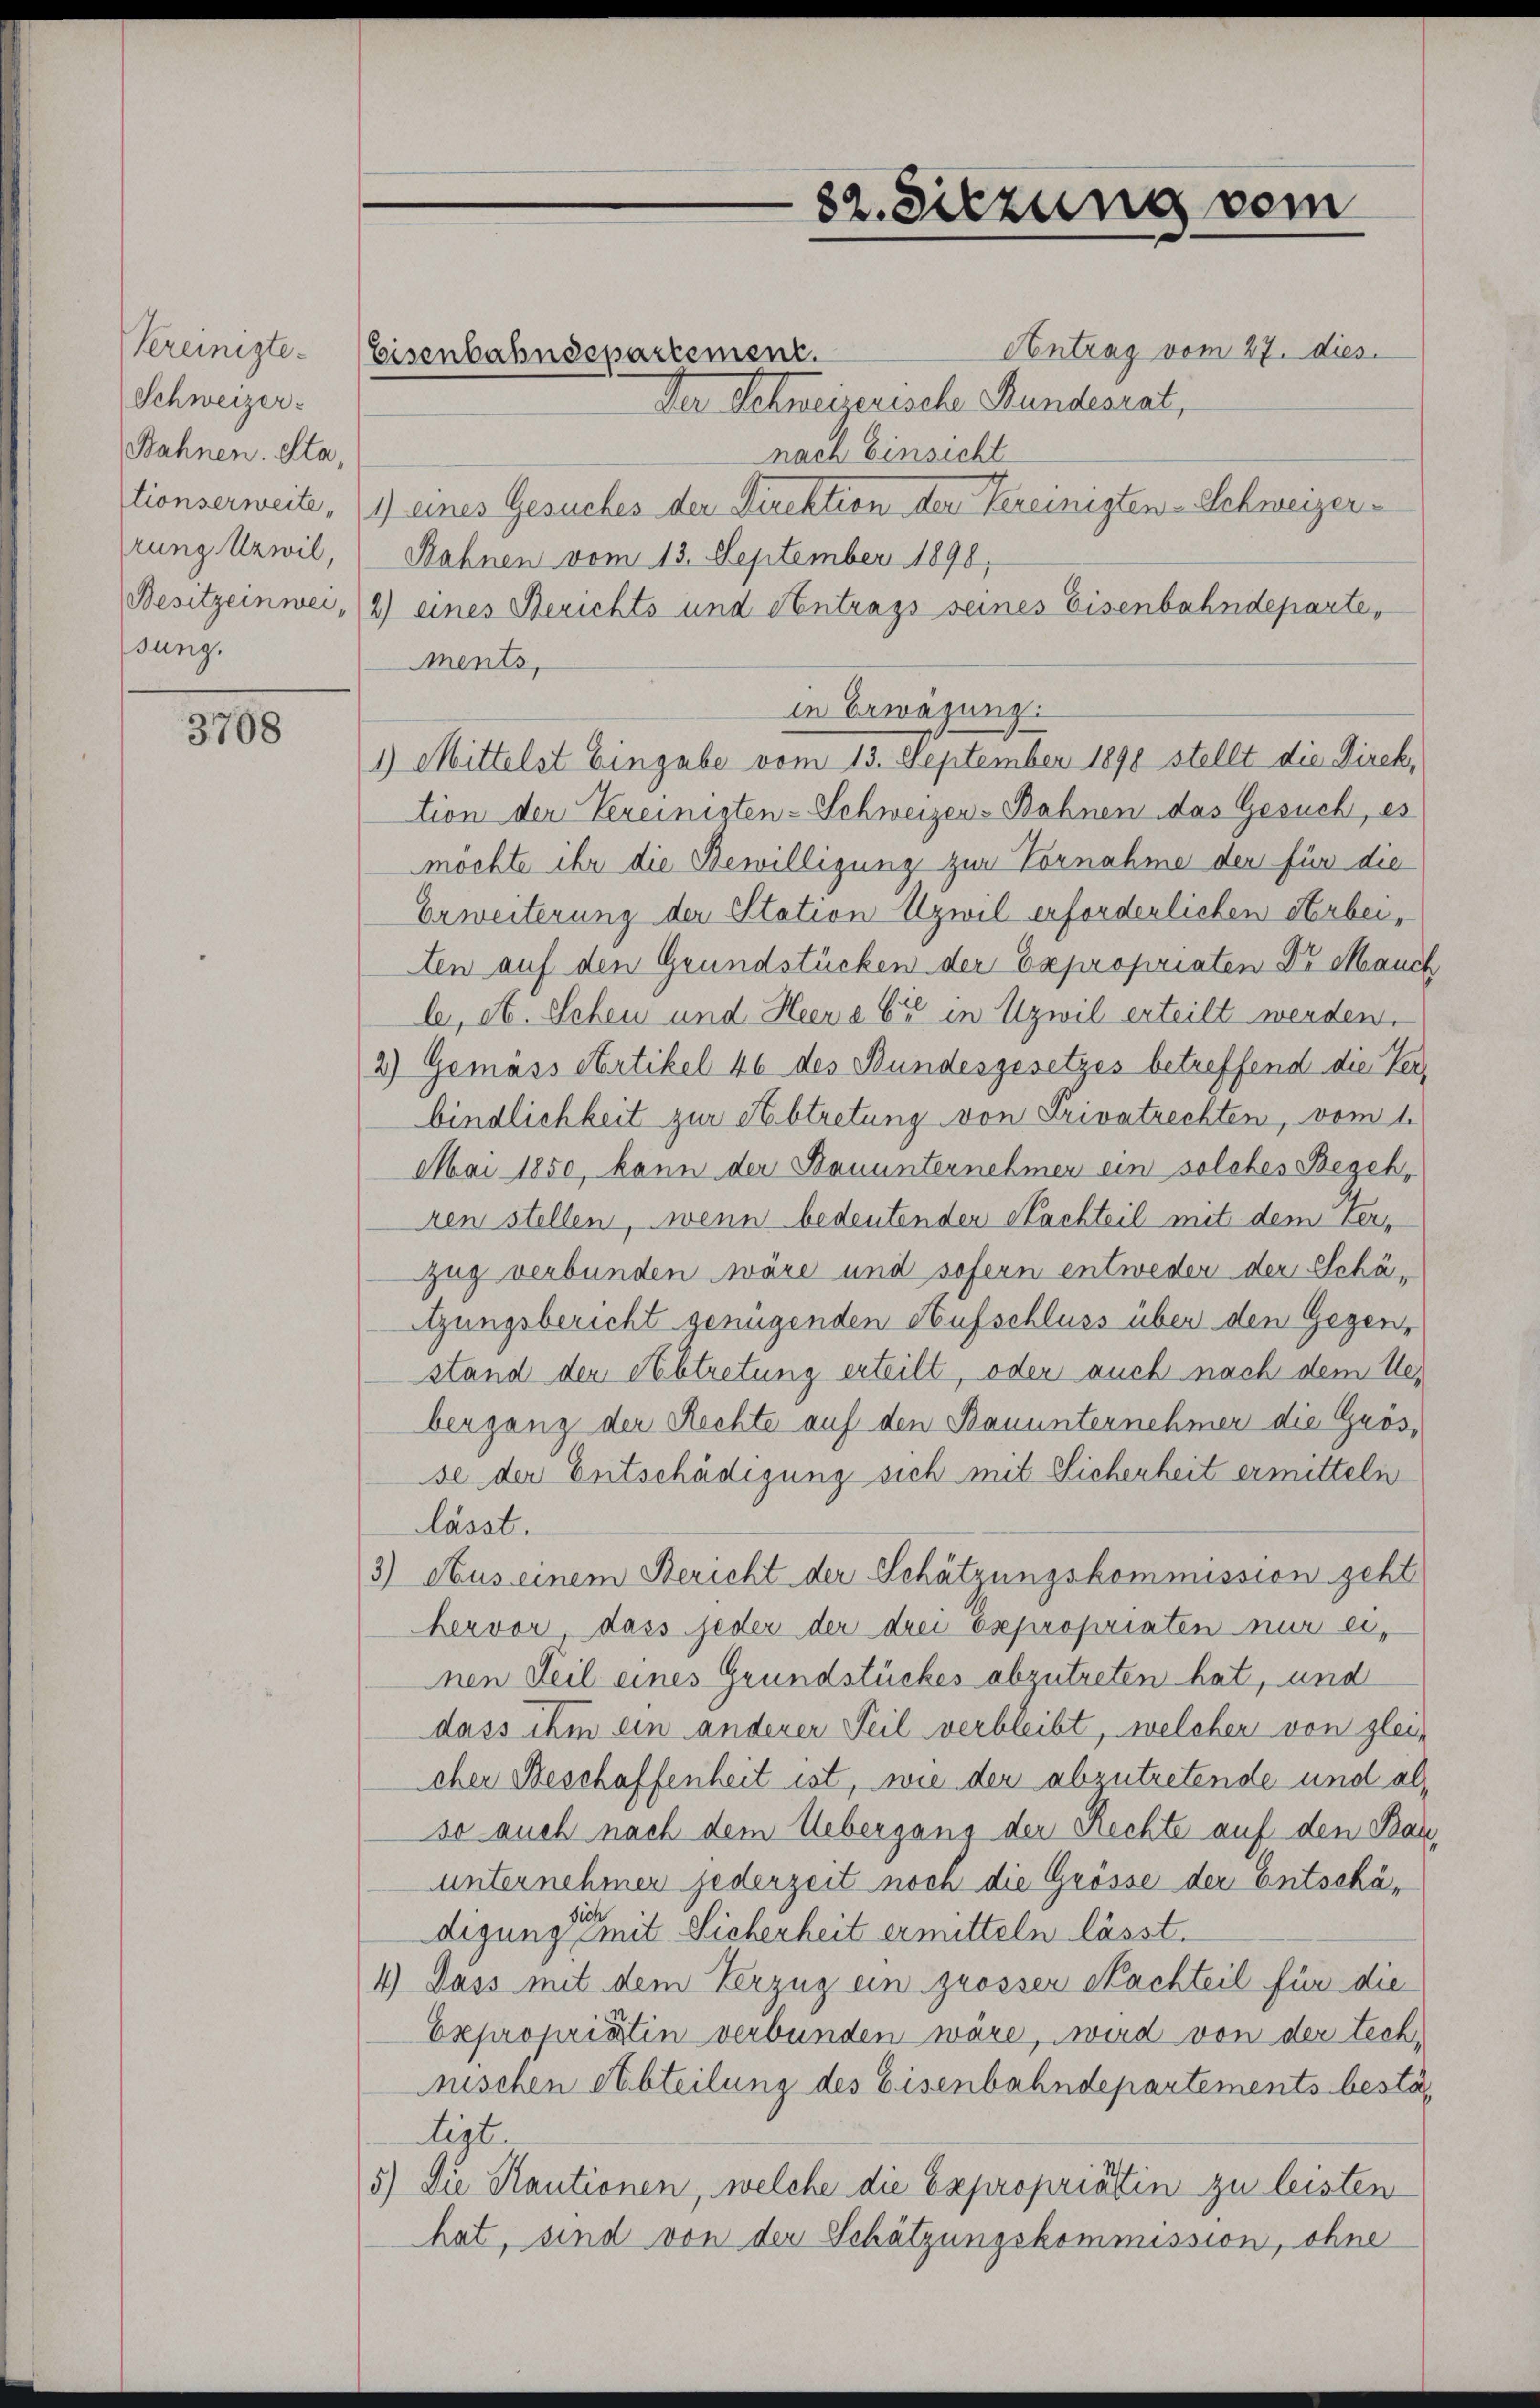
Vereinigte.
Schweizer-
Bahnen. Sta
rung Urwil,
Besitzeinwei
sung.

3708

Eisenbahndepartement.

82. Sitzung vom

Antrag vom 27. dies
Der Schweizerische Bundesrat,
nach Einsicht
tionserweite, (1) eines Gesuches der Direktion der Vereinigten-Schweizer-
Sahnen vom 13. September 1898,
2) eines Berichts und Antrags seines Eisenbahndeparte,
ments,
in Erwägung.
1) Mittelst Eingabe vom 13. September 1898 stellt die Direk,
tion der Vereinigten-Schweizer-Bahnen das Gesuch, es
möchte ihr die Bewilligung zur Vornahme der für die
Erweiterung der Station Uzwil erforderlichen Arbeiten auf den Grundstücken der Expropriaten Dr Mauch
le, et. Scheu und Heere Er in Uzwil erteilt werden.
2) Gemäss Artikel 46 des Bundesgesetzes betreffend die Verbindlichkeit zur Abtretung von Privatrechten, vom 1.
Mai 1850, kann der Bauunternehmen ein solches Begehr
ren stellen, wenn bedeutenden Nachteil mit dem Verzug verbunden wäre und sofern entweder der Schäizungsbericht genügenden Aufschluss über den Gegen-
stand den Abtretung erteilt, oder auch nach dem Webergang der Rechte auf den Bauunternehmer die Grösse der Entschädigung sich mit Sicherheit ermitteln
lässt.
3) Aus einem Bericht der Schätzungskommission geht
hervor, dass jeder der drei Expropriaten nur einen Teil eines Grundstückes abzutreten hat, und
dass ihm ein anderer Teil verbleibt, welcher von gleicher Beschaffenheit ist, wie der abzutretende und als
so auch nach dem Uebergang der Rechte auf den Bauunternehmen jederzeit noch die Grösse der Entschädigung mit Sicherheit ermitteln lässt.
4) Dass mit dem Verzug ein grösser Nachteil für die
Expropriatin verbunden wäre, wird von der tech-
nischen Abteilung des Eisenbahndepartements bestätigt.
5) Die Kautionen, welche die Expropriattin zu leisten
hat, sind von der Schätzungskommission, ohne